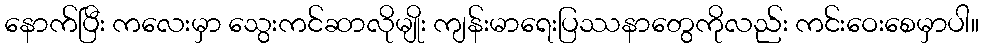
နောက်ပြီး ကလေးမှာ သွေးကင်ဆာလိုမျိုး ကျန်းမာရေးပြဿနာတွေကိုလည်း ကင်းဝေးစေမှာပါ။